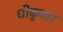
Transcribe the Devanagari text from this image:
धीकुवार